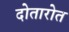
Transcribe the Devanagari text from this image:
दोतारोत